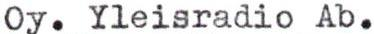
Oy. Yleisradio Ab.